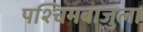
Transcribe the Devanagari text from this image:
पश्चिमबाजुला